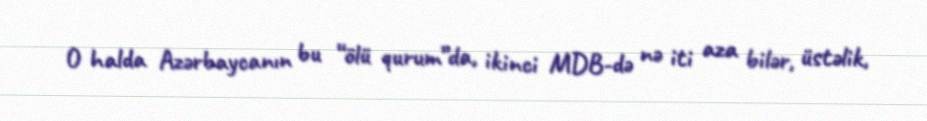
O halda Azərbaycanın bu “ölü qurum”da, ikinci MDB-də nə iti aza bilər, üstəlik,